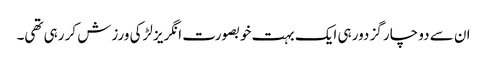
ان سے دو چار گز دور ہی ایک بہت خوبصورت انگریز لڑکی ورزش کر رہی تھی۔